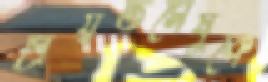
প্রিয়তমেষুকে